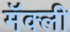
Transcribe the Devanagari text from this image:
मॅक्ली